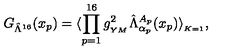
G _ { \hat { \Lambda } ^ { 1 6 } } ( x _ { p } ) = \langle \prod _ { p = 1 } ^ { 1 6 } g _ { _ { Y M } } ^ { 2 } \hat { \Lambda } _ { \alpha _ { p } } ^ { A _ { p } } ( x _ { p } ) \rangle _ { _ { K = 1 } } ,